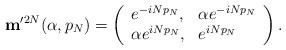
LaTeX: \begin{align*}{\mathbf m}'^{2N}(\alpha,p_N)=\left( \begin{array}{ll} e^{-iN p_N}, & \alpha e^{-i N p_N}\\ \alpha e^{iN p_N}, & e^{iN p_N} \end{array} \right) .\end{align*}